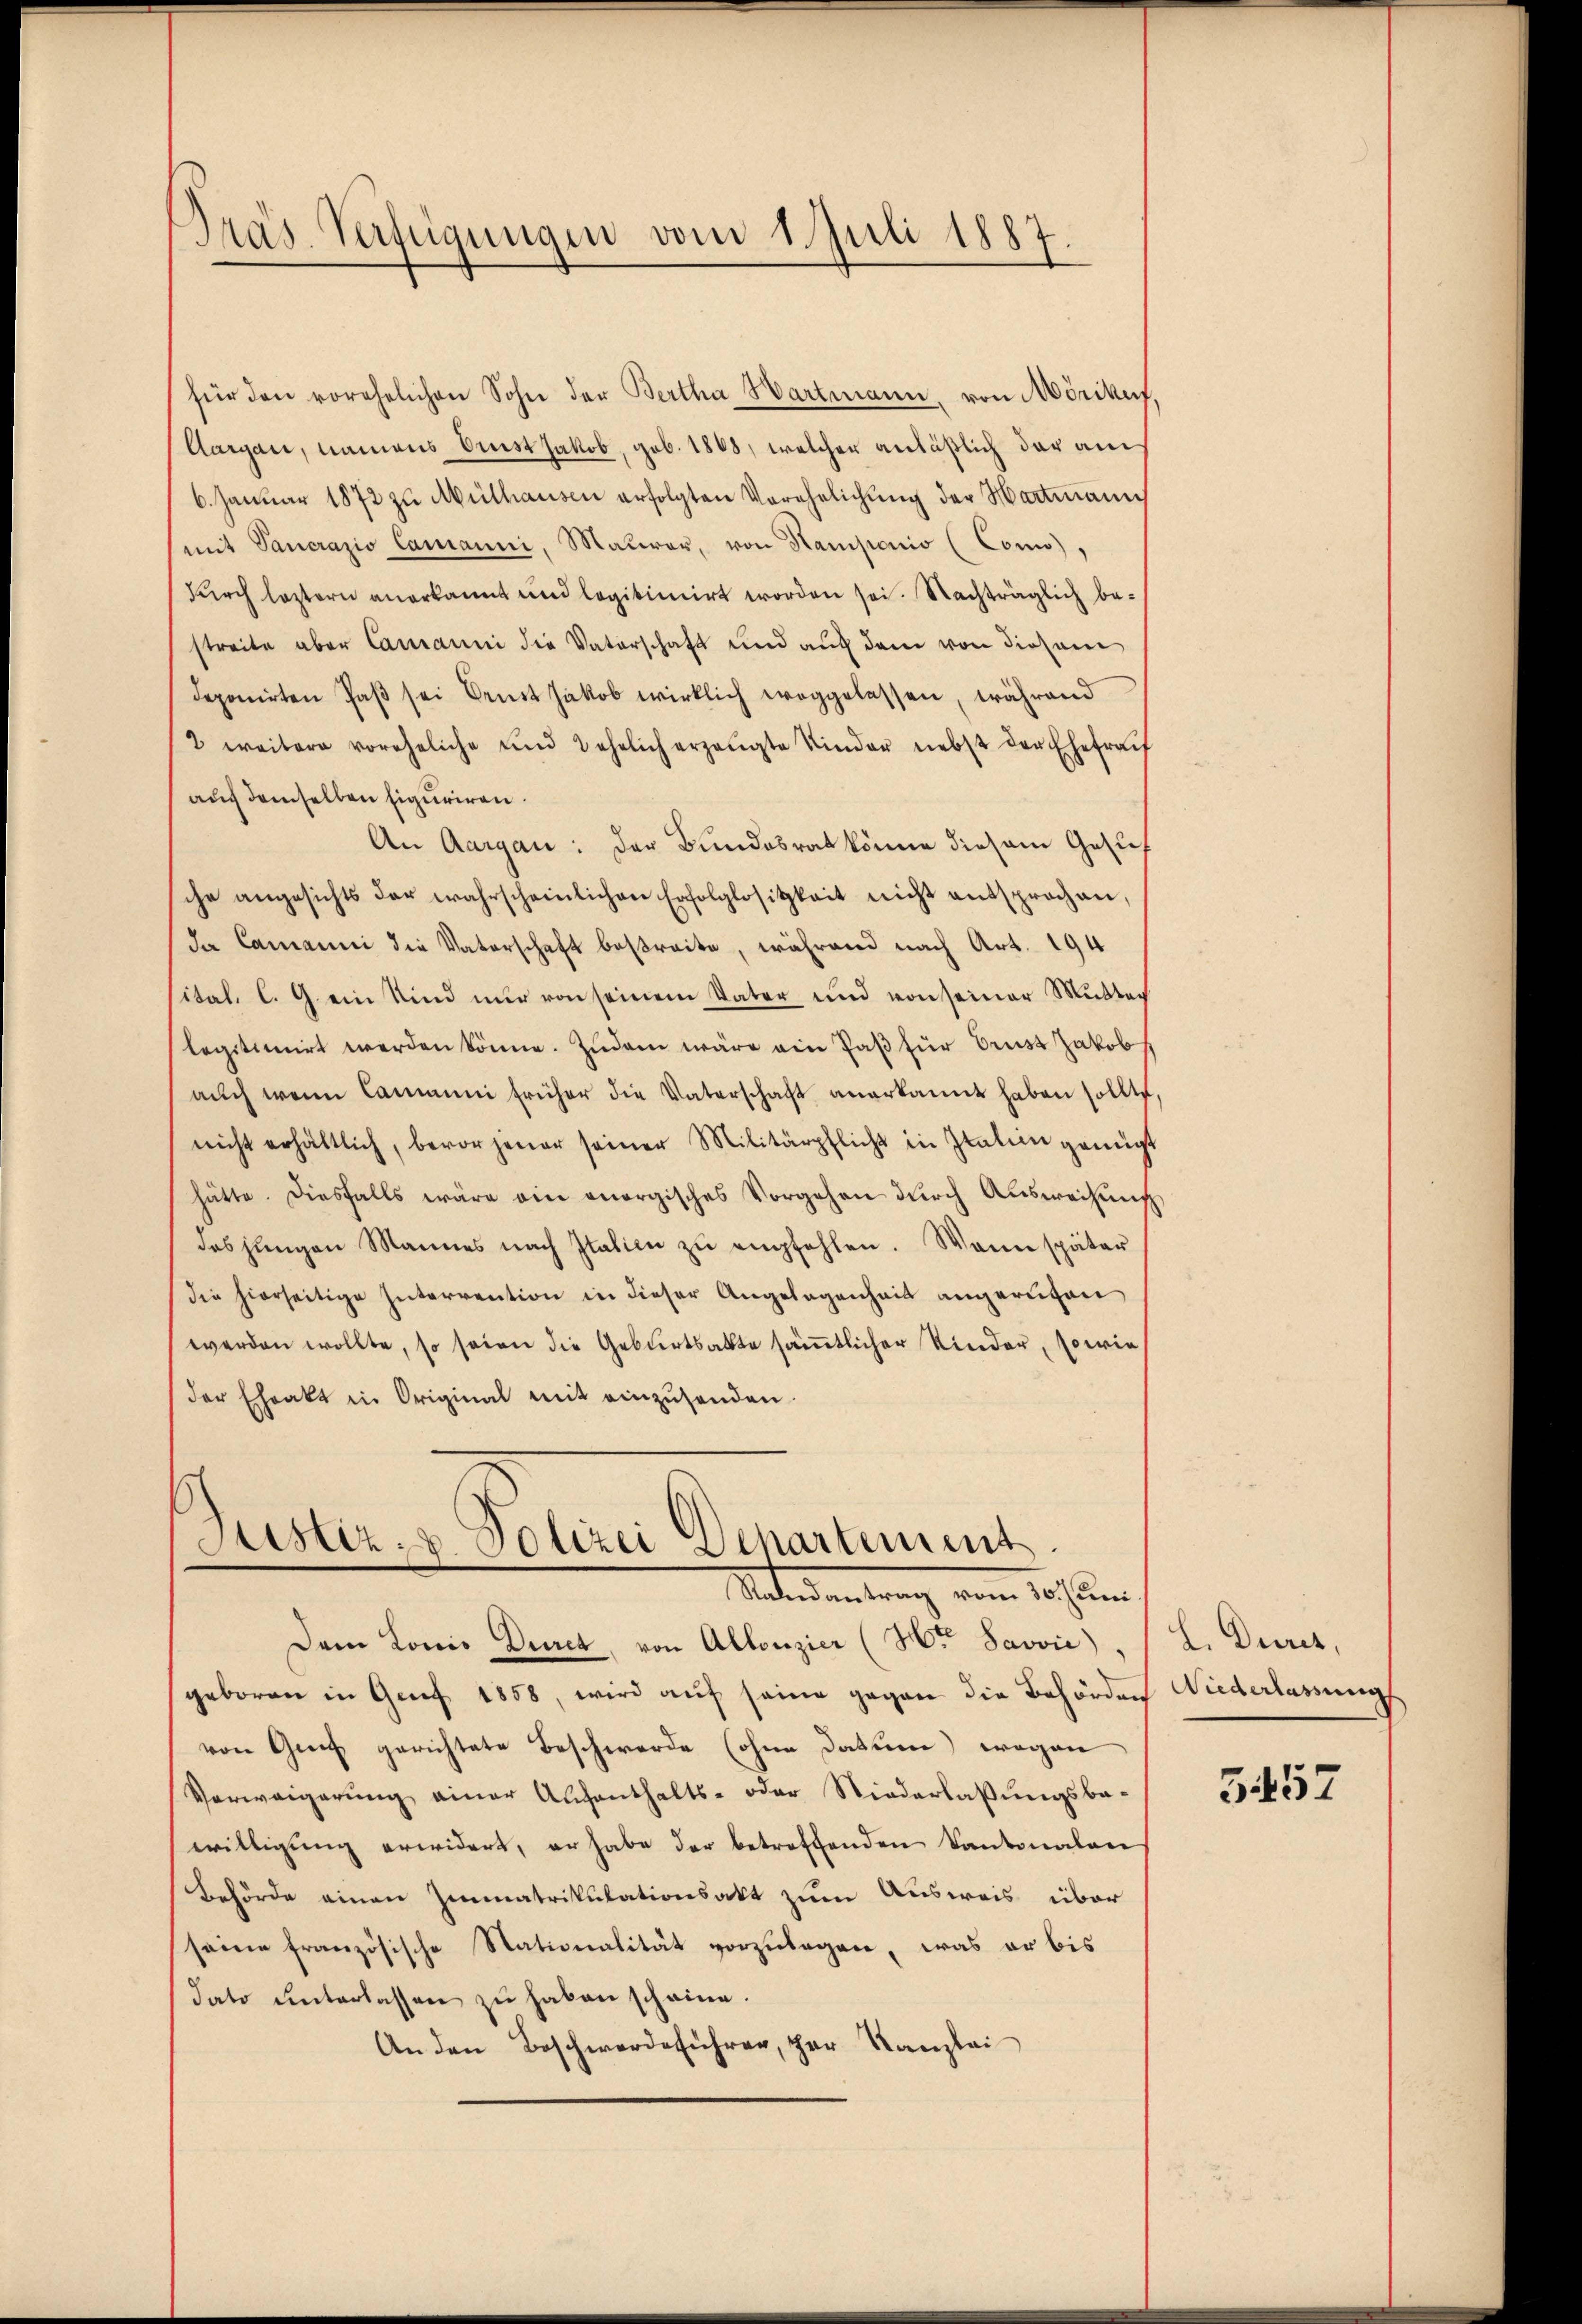
Präs. Verfügungen vom 1. Juli 1887

für den vorehelichen Sohn der Bertha Hartmann, von Mörikus,
Aargau, namens Erst Jakob, geb. 1868, welcher anläßlich daraus
6. Janŭar 1872 zu Mülhausen erfolgten Verehelichŭng der Hartmann
mit Pancrazio Camanni, Mauerar, von Kamponis (Conno),
durch leztern anerkannt und legitimirt worden sei. Nachträglich bestreite aber Carranni die Vaterschaft und auf dem von diesem
deponirten Paβ sei Bent Jakob wirklich weggelassen, während
2 weitere voreheliche und Lehrlich erzeugte Kinder nebst der Ehefra
auf demselben Eiguriren.
An Aargau: der Bundesrat könne diesem Gesuch
sche angesichts der wahrscheinlichen Erfolglosigkeit nicht entsprochen,
da Camanni die Vaterschaft bestreite, während nach Art. 194
ital. C. G. ein Kind nur von seinem Vater und von seiner Mutter
legitimirt werden könne. Zudem wäre ein Paß für Brust Jakob
aŭch wenn Camanni früher die Vaterschaft anerkannt haben sollte
nicht erhältlich, bevor jener seiner Militärpflicht in Italien genügt
hätte. Diesfalls wäre ein vorgisches Vorgehen dŭrch Ausweisŭng
das jungen Mannes nach Italien zŭ empfehlen. Wann später
die hierseitige Interrention in dieser Angelegenheit angerufen
werden wollte, so seien die Geburtsakte sämtlicher Kinder, sowie
der Ehrakt in Original mit einzŭsenden.

Justiz- & Polizei Departement
Unter antrag vom 10 Jun.

Dem Lonis Duret, von Allonzier (Hr. Savvić).
geboren in Genf 1858, wird auf seine gegen die Behörden Wiederlassung
von Greif gerichtete Beschwerde (ohne Datum) wegen
Verweigerŭng einer Aufenthalts- oder Niederlassŭngsba-
willigung erwidert, er habe der betreffenden Kantonalan
Behörde einen Immatrikulationsakt zum Ausweis über
seine französische Stationalität vorzulegen, was er bis
dato unterlassen zu haben scheine.
An den Beschwerdeführer, der Kanzlei

L. Dures,

5457